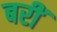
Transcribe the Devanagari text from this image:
बरीं